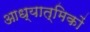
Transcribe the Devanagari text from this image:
आध्यात्मिकों